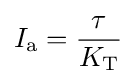
I_{\text{a}}={\frac {\tau }{K_{\text{T}}}}